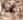
غذا